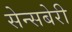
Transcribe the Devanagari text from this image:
सेन्सबेरी